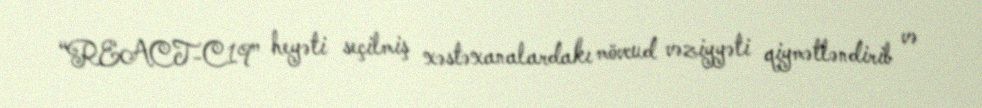
“REACT-C19” heyəti seçilmiş xəstəxanalardakı mövcud vəziyyəti qiymətləndirib və